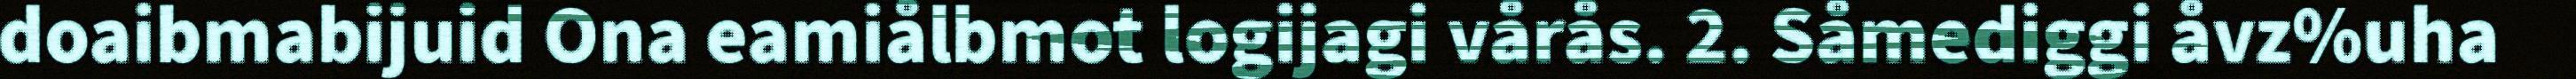
doaibmabijuid Ona eamiålbmot logijagi vårås. 2. Såmediggi åvz%uha